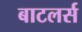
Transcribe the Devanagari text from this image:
बाटलर्स